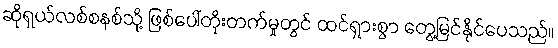
ဆိုရှယ်လစ်စနစ်သို့ ဖြစ်ပေါ်တိုးတက်မှုတွင် ထင်ရှားစွာ တွေ့မြင်နိုင်ပေသည်။